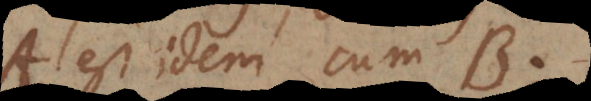
A est idem cum B.